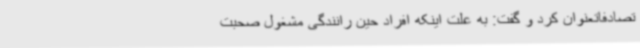
تصادفاتعنوان کرد و گفت: به علت اینکه افراد حین رانندگی مشغول صحبت